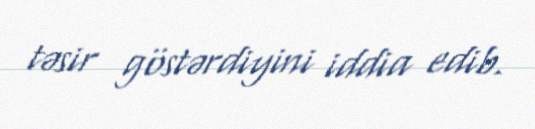
təsir göstərdiyini iddia edib.